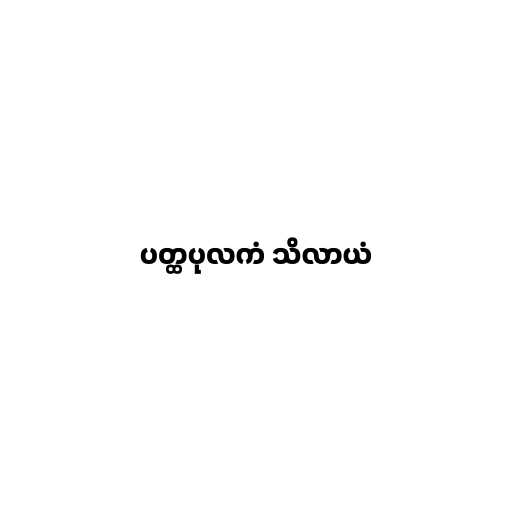
ပတ္ထပုလကံ သိလာယံ